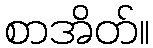
စာအိတ်။